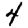
Digit: 4